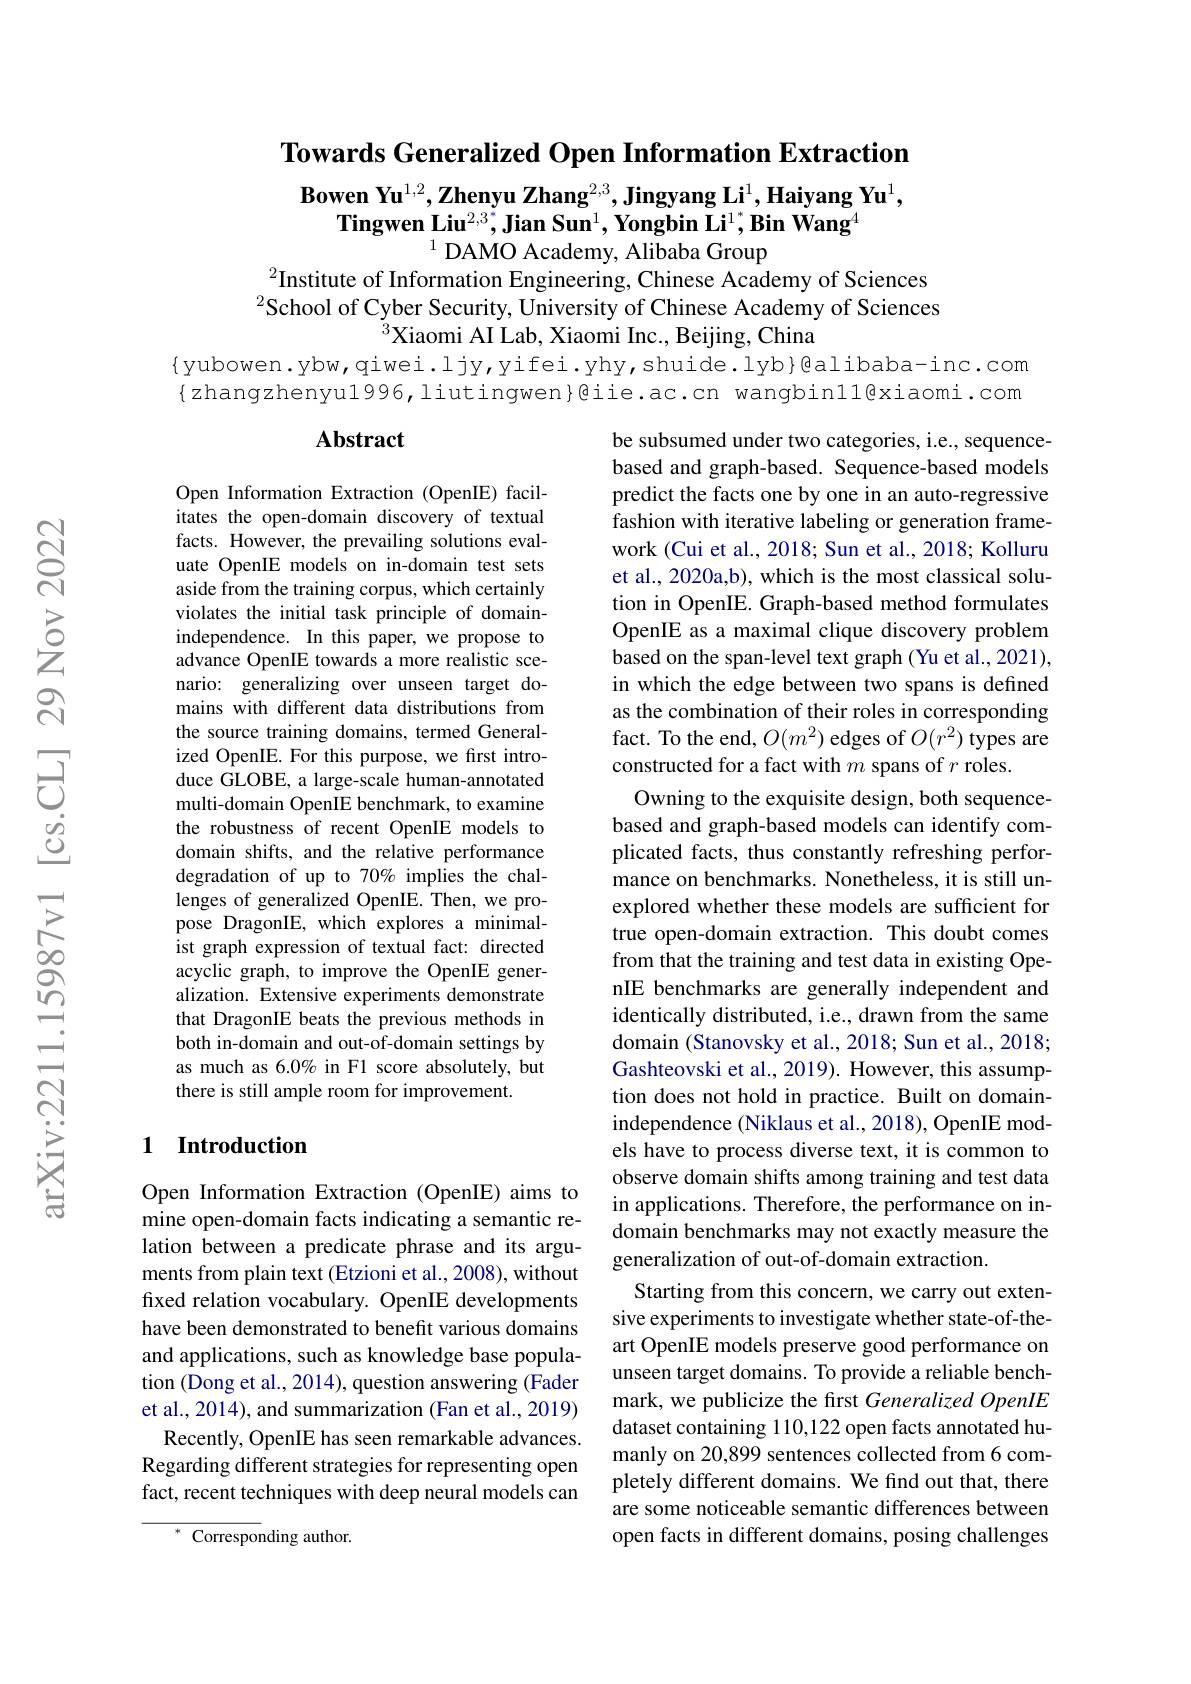
Towards Generalized Open Information Extraction

Bowen Yu$^1,2,\textbf{Zhenyu Zhang}^{2,3},\textbf{Jingyang Li}^1,\textbf{Haiyang Yu}^1$,
$\textbf{Tingwen Liu}^{2,3^*},\textbf{Jian Sun}^1,\textbf{Yongbin Li}^1,\textbf{Bin Wang}^4$
$^{1}$DAMO Academy, Alibaba Group

$^{2}$Institute of Information Engineering, Chinese Academy of Sciences $^2$School of Cyber Security, University of Chinese Academy of Sciences
$^{3}$Xiaomi AI Lab, Xiaomi Inc., Beijing, China
{yubowen.ybw,qiwei.ljy,yifei.yhy,shuide.lyb}@alibaba-inc.com {zhangzhenyu1996,liutingwen}@iie.ac.cn wangbinll@xiaomi.com

### $\mathbf{Abstract}$

Open Information Extraction (OpenIE) facilitates the open-domain discovery of textual facts. However, the prevailing solutions evaluate OpenIE models on in-domain test sets aside from the training corpus, which certainly violates the initial task principle of domainindependence. In this paper, we propose to advance OpenIE towards a more realistic scenario: generalizing over unseen target domains with different data distributions from the source training domains, termed Generalized OpenIE. For this purpose, we first introduce GLOBE, a large-scale human-annotated multi-domain OpenIE benchmark, to examine the robustness of recent OpenIE models to domain shifts, and the relative performance degradation of up to 70% implies the challenges of generalized OpenIE. Then, we propose DragonIE, which explores a minimalist graph expression of textual fact: directed acyclic graph, to improve the OpenIE generalization. Extensive experiments demonstrate that DragonIE beats the previous methods in both in-domain and out-of-domain settings by as much as 6.0% in F1 score absolutely, but there is still ample room for improvement.

be subsumed under two categories, i.e., sequencebased and graph-based. Sequence-based models predict the facts one by one in an auto-regressive fashion with iterative labeling or generation framework (Cui et al., 2018; Sun et al., 2018; Kolluru et al., 2020a,b), which is the most classical solution in OpenIE. Graph-based method formulates OpenIE as a maximal clique discovery problem based on the span-level text graph (Yu et al., 2021), in which the edge between two spans is defined as the combination of their roles in corresponding fact. To the end, $O(m^{2})$ edges of $O(r^{2})$ types are constructed for a fact with $m$ spans of $r$ roles.
Owning to the exquisite design, both sequencebased and graph-based models can identify complicated facts, thus constantly refreshing performance on benchmarks. Nonetheless, it is still unexplored whether these models are sufficient for true open-domain extraction. This doubt comes from that the training and test data in existing OpenIE benchmarks are generally independent and identically distributed, i.e., drawn from the same domain (Stanovsky et al., 2018; Sun et al., 2018; Gashteovski et al., 2019). However, this assumption does not hold in practice. Built on domainindependence (Niklaus et al., 2018), OpenIE models have to process diverse text, it is common to observe domain shifts among training and test data in applications. Therefore, the performance on indomain benchmarks may not exactly measure the generalization of out-of-domain extraction.
Starting from this concern, we carry out extensive experiments to investigate whether state-of-theart OpenIE models preserve good performance on unseen target domains. To provide a reliable benchmark, we publicize the first Generalized OpenIE dataset containing 110,122 open facts annotated humanly on 20,899 sentences collected from 6 completely different domains. We find out that, there are some noticeable semantic differences between open facts in different domains, posing challenges

## 1 Introduction

Open Information Extraction (OpenIE) aims to mine open-domain facts indicating a semantic relation between a predicate phrase and its arguments from plain text (Etzioni et al., 2008), without fixed relation vocabulary. OpenIE developments have been demonstrated to benefit various domains and applications, such as knowledge base population (Dong et al., 2014), question answering (Fader et al., 2014), and summarization (Fan et al., 2019)
Recently, OpenIE has seen remarkable advances. Regarding different strategies for representing open fact, recent techniques with deep neural models can

$^{*}{\mathrm{~Corresponding~author.}}$